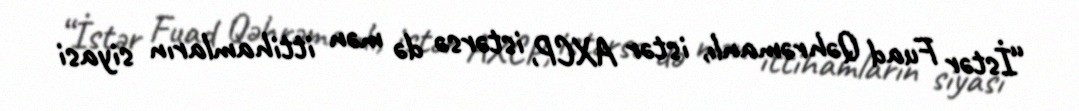
“İstər Fuad Qəhrəmanlı, istər AXCP, istərsə də mən ittihamların siyasi